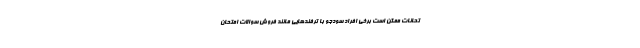
تحانات ممکن است برخی افراد سودجو با ترفندهایی مانند فروش سوالات امتحان